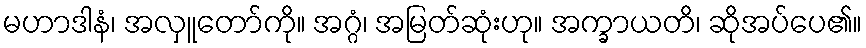
မဟာဒါနံ၊ အလှူတော်ကို။ အဂ္ဂံ၊ အမြတ်ဆုံးဟု။ အက္ခာယတိ၊ ဆိုအပ်ပေ၏။